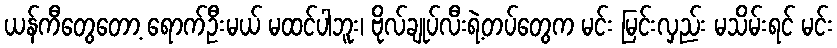
ယန်ကီတွေတော့ ရောက်ဦးမယ် မထင်ပါဘူး၊ ဗိုလ်ချုပ်လီးရဲ့တပ်တွေက မင်း မြင်းလှည်း မသိမ်းရင် မင်း